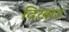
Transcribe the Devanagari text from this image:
दिखाउ